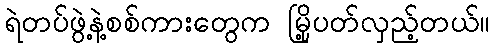
ရဲတပ်ဖွဲ့နဲ့စစ်ကားတွေက မြို့ပတ်လှည့်တယ်။